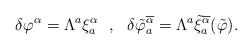
LaTeX: \begin{align*}\delta \varphi^\alpha = \Lambda^a \xi^\alpha_a \ \ , \ \ \delta\tilde{\varphi}^{\overline{\alpha}}_a =\Lambda^a\tilde{\xi}^{\overline{\alpha}}_{a} (\tilde{\varphi}) .\end{align*}